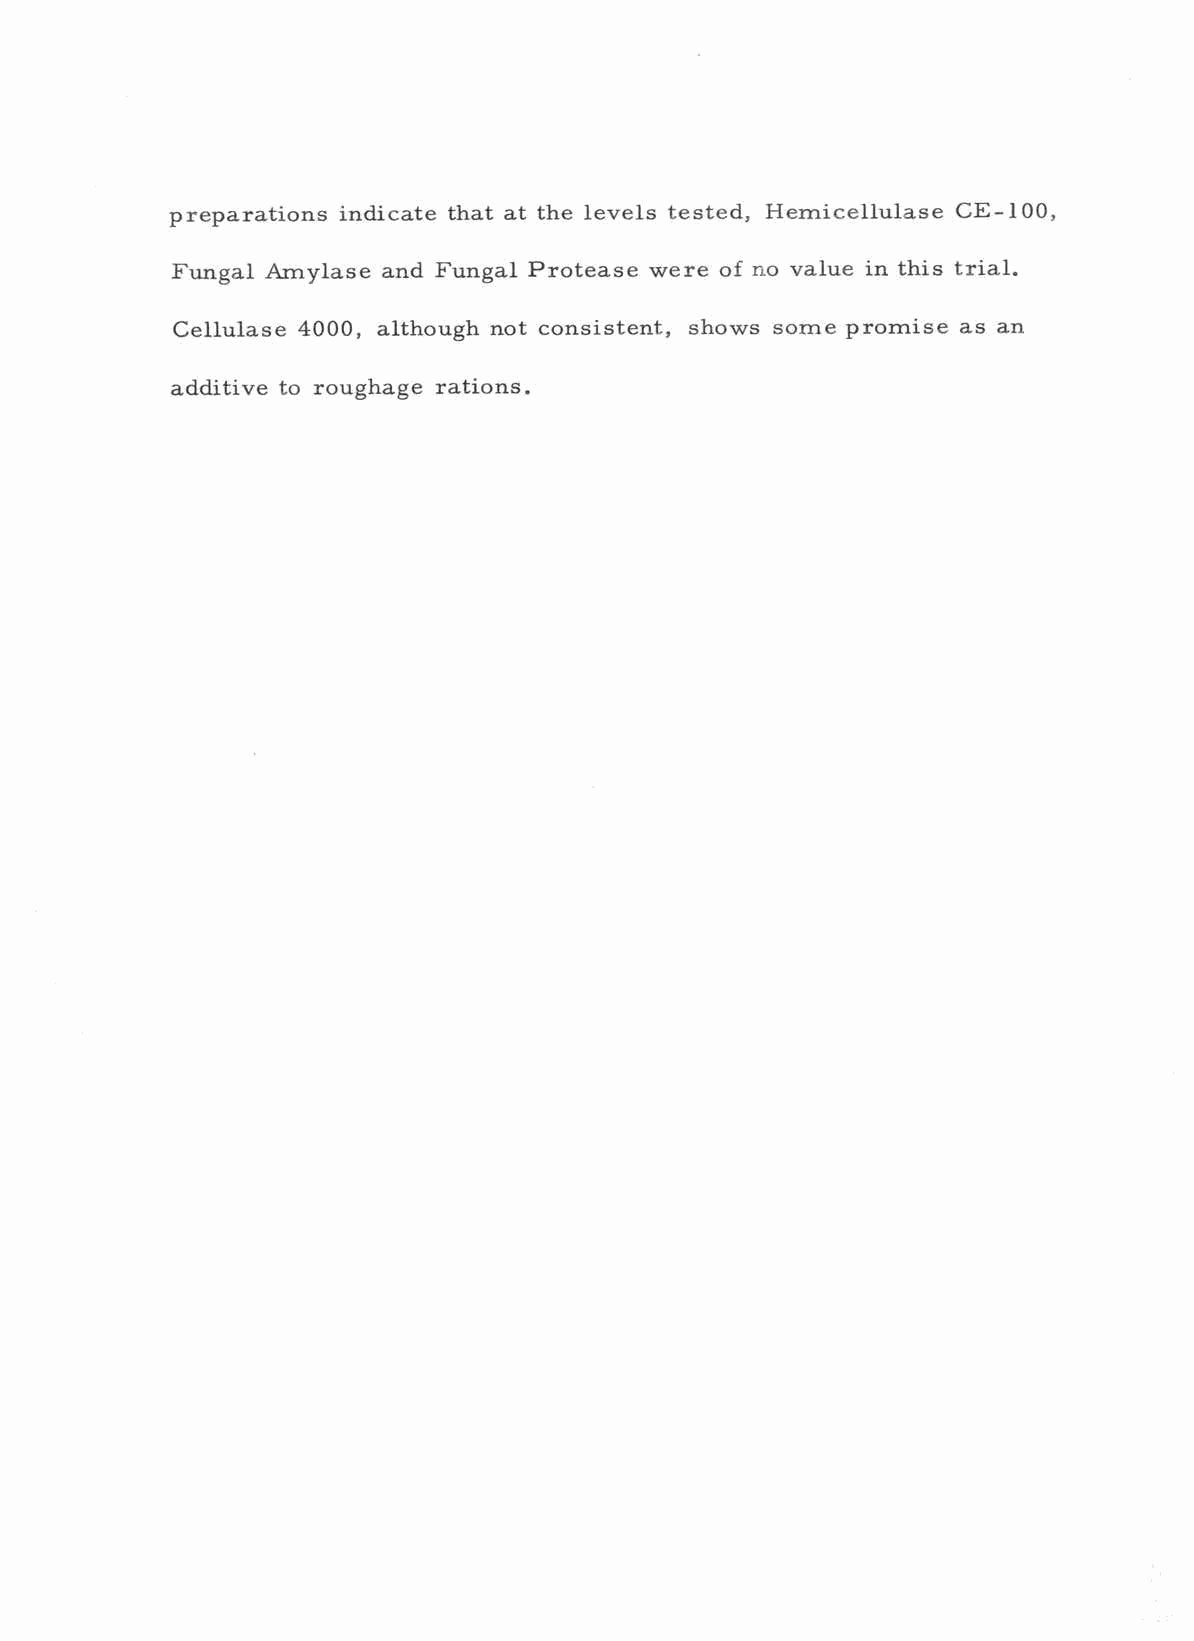
preparations indicate that at the levels tested, Hemicellulase CE -100,
 Fungal Amylase and Fungal Protease were of no value in this trial.
 Cellulase 4000, although not consistent, shows some promise as an
 additive to roughage rations.